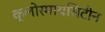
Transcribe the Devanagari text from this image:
क्लोरमायसिटीन